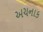
અચનાક